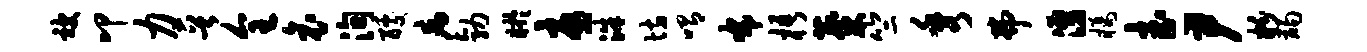
被叩力晋全哀洵醵病勃盱忧洙坊喟布梧麋竺秀弗涌橘武尹粉蠲